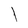
Character: I